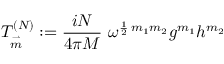
T _ { \stackrel { \rightharpoonup } { m } } ^ { ( N ) } : = \frac { i N } { 4 \pi M } \ \omega ^ { \frac { 1 } { 2 } \, m _ { 1 } m _ { 2 } } g ^ { m _ { 1 } } h ^ { m _ { 2 } }